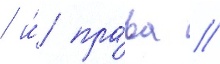
/ и́ пра́ва //